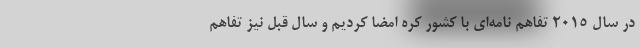
در سال ۲۰۱۵ تفاهم نامه‌ای با کشور کره امضا کردیم و سال قبل نیز تفاهم